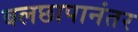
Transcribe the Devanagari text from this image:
बलछापानंतर